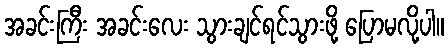
အခင်းကြီး အခင်းလေး သွားချင်ရင်သွားဖို့ ပြောမလို့ပါ။